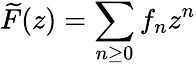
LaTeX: {\widetilde{F}}(z)=\sum_{n\geq 0}f_{n}z^{n}